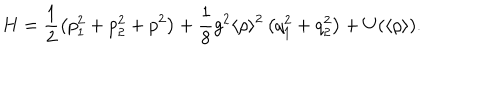
LaTeX: H = \frac { 1 } { 2 } \left( p _ { 1 } ^ { 2 } + p _ { 2 } ^ { 2 } + p ^ { 2 } \right) + \frac { 1 } { 8 } g ^ { 2 } \langle \rho \rangle ^ { 2 } \left( q _ { 1 } ^ { 2 } + q _ { 2 } ^ { 2 } \right) + U ( \langle \rho \rangle ) .